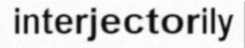
interjectorily